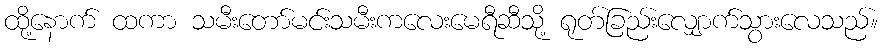
ထို့နောက် ထကာ သမီးတော်မင်းသမီးကလေးမေရီဆီသို့ ရုတ်ခြည်းလျှောက်သွားလေသည်။